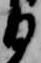
る